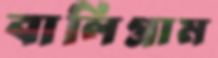
বালিগ্রাম